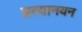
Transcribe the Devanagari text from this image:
प्रत्यानयन